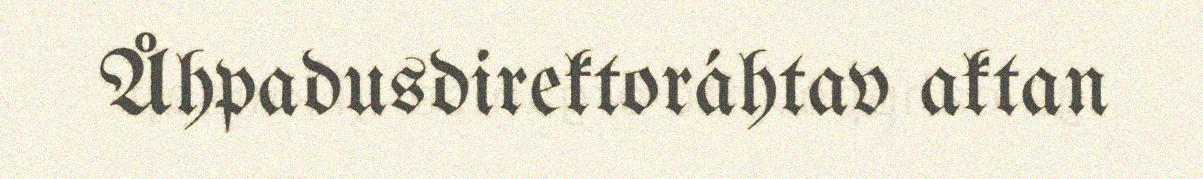
Åhpadusdirektoráhtav aktan